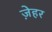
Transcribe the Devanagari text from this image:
ज़ेहर